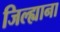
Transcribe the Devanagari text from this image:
जिल्ह्याना